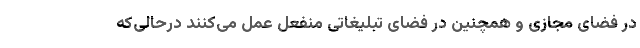
در فضای مجازی و همچنین در فضای تبلیغاتی منفعل عمل می‌کنند درحالی‌که